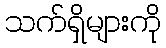
သက်ရှိများကို